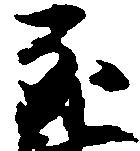
死